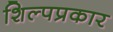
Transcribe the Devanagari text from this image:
शिल्पप्रकार